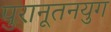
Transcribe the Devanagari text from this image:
पुरानूतनयुग